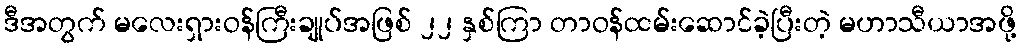
ဒီအတွက် မလေးရှားဝန်ကြီးချုပ်အဖြစ် ၂၂ နှစ်ကြာ တာဝန်ထမ်းဆောင်ခဲ့ပြီးတဲ့ မဟာသီယာအဖို့